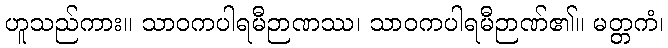
ဟူသည်ကား။ သာဝကပါရမီဉာဏဿ၊ သာဝကပါရမီဉာဏ်၏။ မတ္တကံ၊